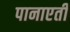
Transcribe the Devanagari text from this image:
पानाएती